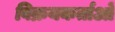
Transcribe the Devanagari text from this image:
विक्रयकर्ताओं